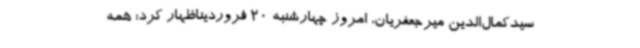
سیدکمال‌الدین میرجعفریان، امروز چهارشنبه 20 فروردیناظهار کرد: همه